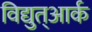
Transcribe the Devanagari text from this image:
विद्युत्आर्क